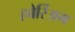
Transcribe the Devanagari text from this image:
हबेर्रिअम